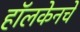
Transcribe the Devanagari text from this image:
हॉलकेनचे